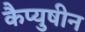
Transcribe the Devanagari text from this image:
कैप्युषीन